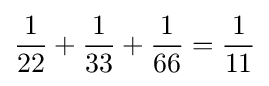
{\frac {1}{22}}+{\frac {1}{33}}+{\frac {1}{66}}={\frac {1}{11}}